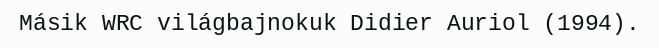
Másik WRC világbajnokuk Didier Auriol (1994).